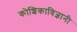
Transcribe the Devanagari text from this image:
कोशिकाविज्ञानी